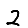
Digit: 2